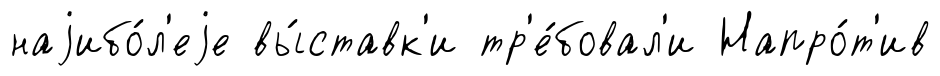
наjибо́л'еjе вы́ставк'и тр'е́бовал'и Напро́т'ив